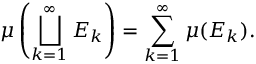
\mu \left( \bigsqcup _ { k = 1 } ^ { \infty } E _ { k } \right) = \sum _ { k = 1 } ^ { \infty } \mu ( E _ { k } ) .